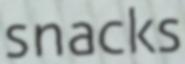
snacks